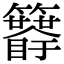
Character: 𥷯